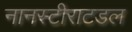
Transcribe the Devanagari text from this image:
नानस्टीराटडल